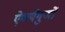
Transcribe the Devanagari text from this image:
ऐश्वर्यगुणों